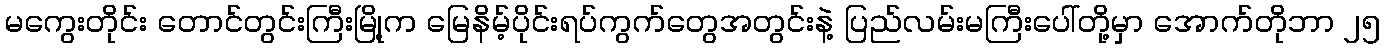
မကွေးတိုင်း တောင်တွင်းကြီးမြို့က မြေနိမ့်ပိုင်းရပ်ကွက်တွေအတွင်းနဲ့ ပြည်လမ်းမကြီးပေါ်တို့မှာ အောက်တိုဘာ ၂၅